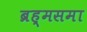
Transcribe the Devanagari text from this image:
ब्रह्मसमा